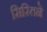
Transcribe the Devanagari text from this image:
सिस्तिने